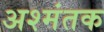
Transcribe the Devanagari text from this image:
अश्मंतक